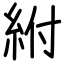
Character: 紨